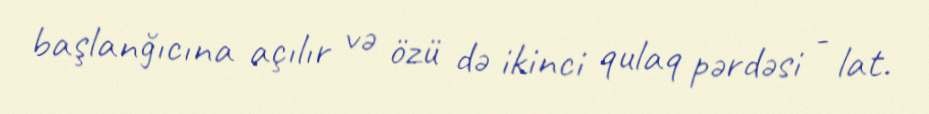
başlanğıcına açılır və özü də ikinci qulaq pərdəsi - lat.